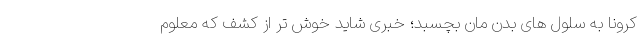
کرونا به سلول های بدن مان بچسبد؛ خبری شاید خوش تر از کشف که معلوم